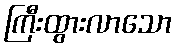
ကြီးထွားလာသော